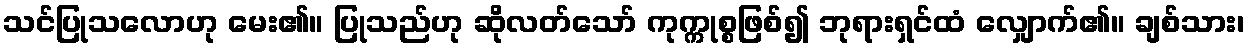
သင်ပြုသလောဟု မေး၏။ ပြုသည်ဟု ဆိုလတ်သော် ကုက္ကုစ္စဖြစ်၍ ဘုရားရှင်ထံ လျှောက်၏။ ချစ်သား၊